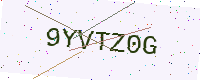
Text: 9YVTZ0G